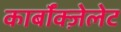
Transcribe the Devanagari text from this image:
कार्बॉक्ज़ेलेट